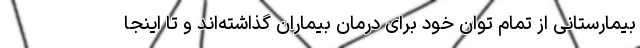
بیمارستانی از تمام توان خود برای درمان بیماران گذاشته‌اند و تا اینجا